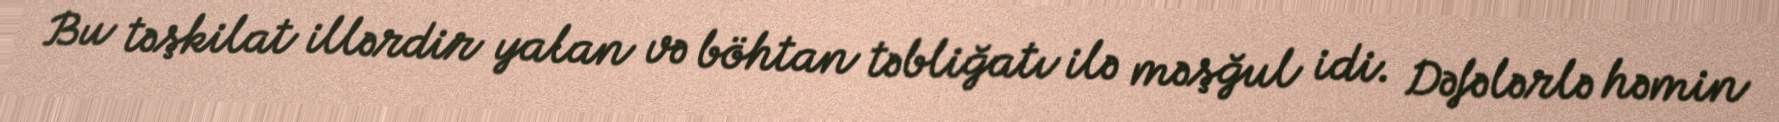
Bu təşkilat illərdir yalan və böhtan təbliğatı ilə məşğul idi. Dəfələrlə həmin